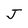
Character: J